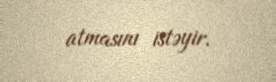
atmasını istəyir.